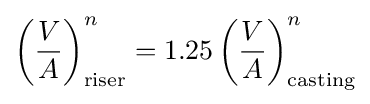
\left({\frac {V}{A}}\right)_{\text{riser}}^{n}=1.25\left({\frac {V}{A}}\right)_{\text{casting}}^{n}